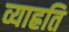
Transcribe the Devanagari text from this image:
व्याह्रति